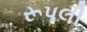
રૂપલી